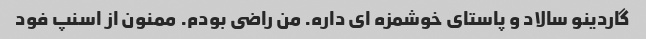
گاردینو سالاد و پاستاى خوشمزه اى داره. من راضى بودم. ممنون از اسنپ فود